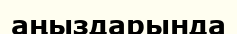
аңыздарында